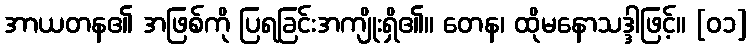
အာယတန၏ အဖြစ်ကို ပြရခြင်းအကျိုးရှိ၏။ တေန၊ ထိုမနောသဒ္ဒါဖြင့်။ [၀၁]